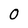
Character: O